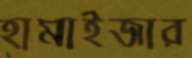
হামাইজার